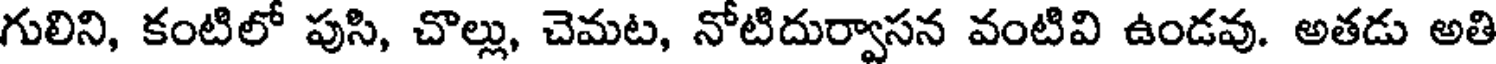
గులిని, కంటిలో పుసి, చొల్లు, చెమట, నోటిదుర్వాసన వంటివి ఉండవు. అతడు అతి